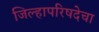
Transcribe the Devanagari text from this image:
जिल्हापरिषदेचा